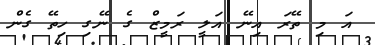
އަ މި ތޭރަ އިނޭ އަލީ ރަމީޒް ގެ ނޭގި ހިތޭ ގެން